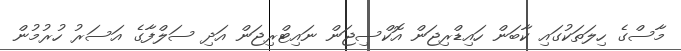
މާސްގެ ހިލަތަކުގައި ކާބަން ހައިޑްރިޖަން އޮކްސިޖަން ނައިޓްރިޖަން އަދި ސަލްފާގެ އަސަރު ހުރުމުން